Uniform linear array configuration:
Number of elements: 4
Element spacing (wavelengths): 0.25
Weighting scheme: uniform
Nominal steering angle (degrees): -30
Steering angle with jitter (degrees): -31.045
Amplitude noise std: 0.05
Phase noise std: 0.05

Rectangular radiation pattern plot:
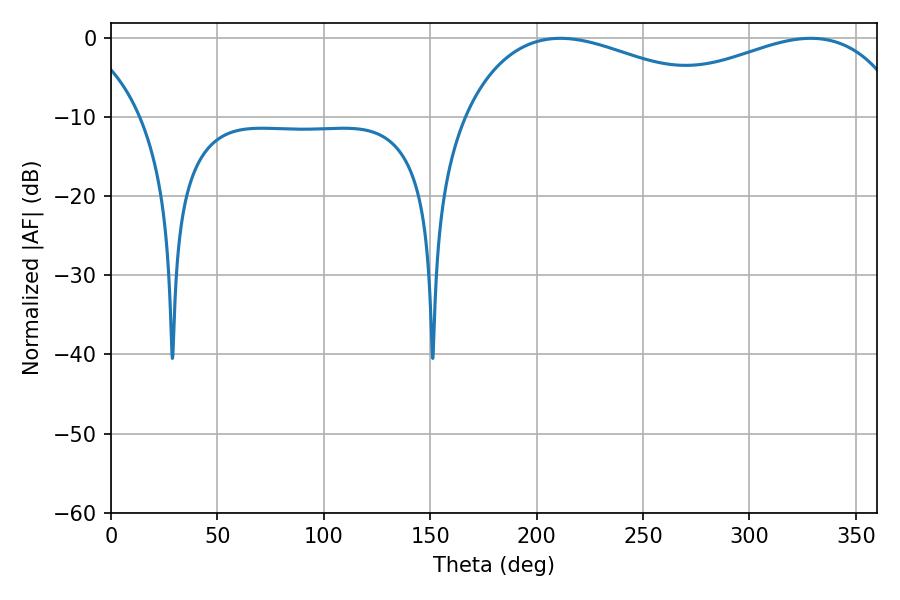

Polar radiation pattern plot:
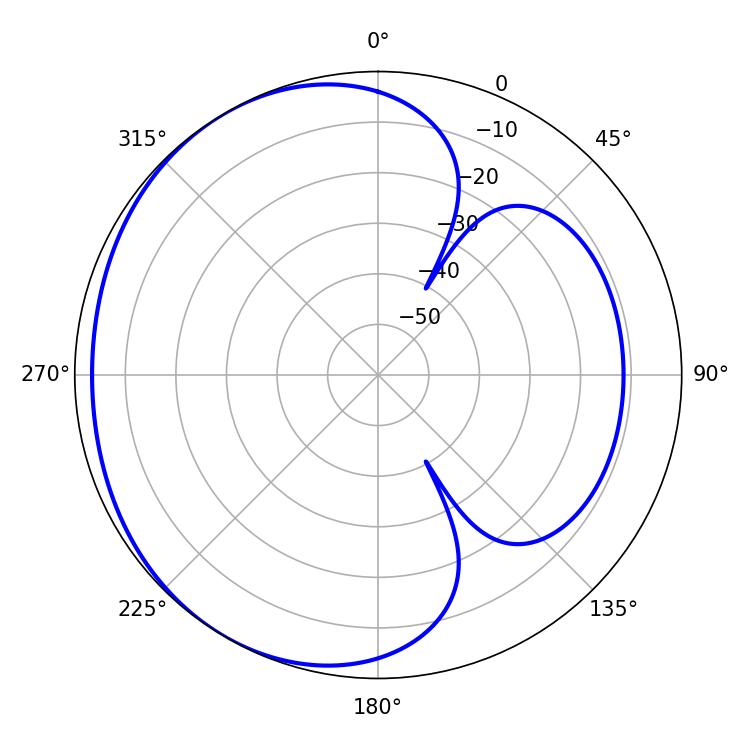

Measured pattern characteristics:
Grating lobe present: FALSE
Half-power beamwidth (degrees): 72.9
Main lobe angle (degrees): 211.14